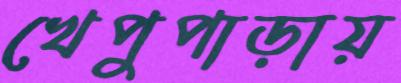
খেপুপাড়ায়